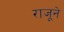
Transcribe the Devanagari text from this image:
राजूने